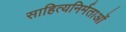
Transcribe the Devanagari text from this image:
साहित्यनिर्मताओं